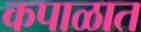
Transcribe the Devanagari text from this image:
कपाळात